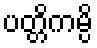
ပတ္တိကမ္ပိ